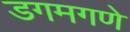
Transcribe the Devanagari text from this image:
डगमगणे